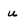
Character: u